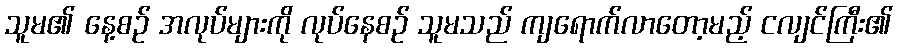
သူမ၏ နေ့စဉ် အလုပ်များကို လုပ်နေစဉ် သူမသည် ကျရောက်လာတော့မည့် ငလျင်ကြီး၏